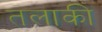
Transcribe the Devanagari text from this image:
तलाकी